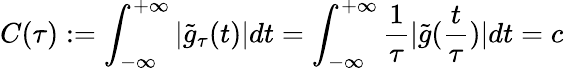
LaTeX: C(\tau):=\int_{-\infty}^{+\infty}|\tilde{g}_{\tau}(t)|dt=\int_{-\infty}^{+\infty}\frac{1}{\tau}|\tilde{g}(\frac{t}{\tau})|dt=c